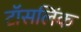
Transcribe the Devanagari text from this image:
टॉसलिंक